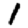
Digit: 1